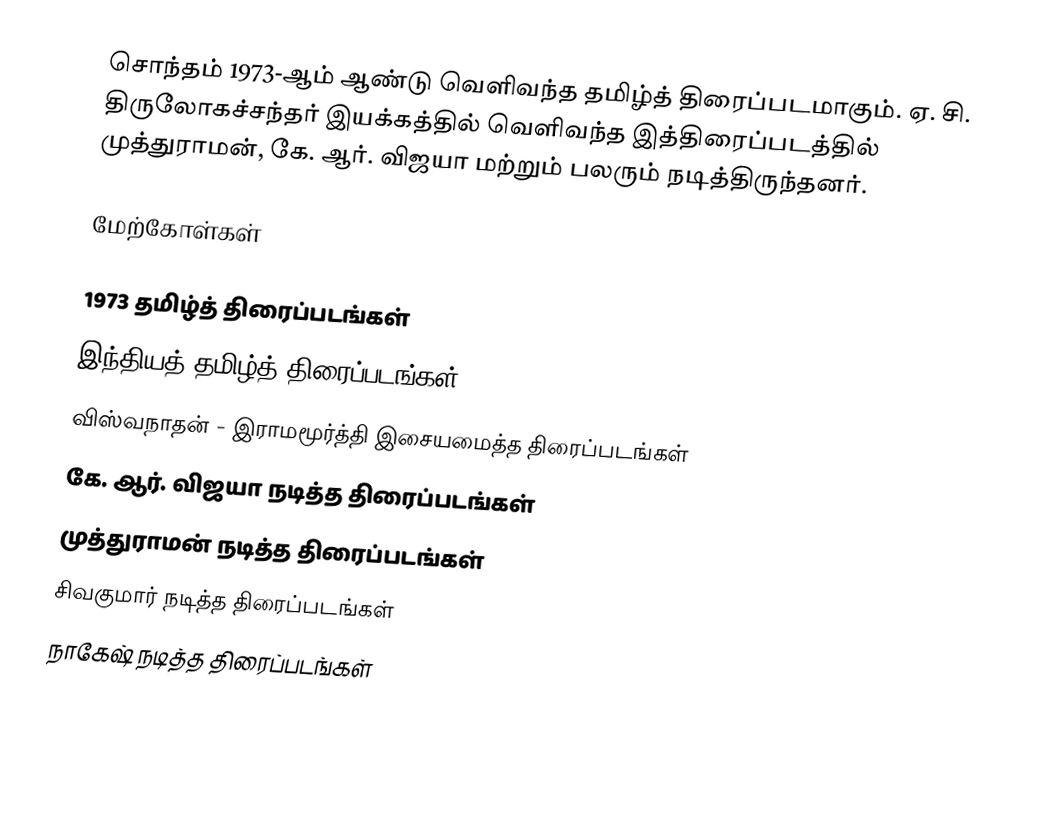
சொந்தம் 1973-ஆம் ஆண்டு வெளிவந்த தமிழ்த் திரைப்படமாகும். ஏ. சி. திருலோகச்சந்தர் இயக்கத்தில் வெளிவந்த இத்திரைப்படத்தில் முத்துராமன், கே. ஆர். விஜயா மற்றும் பலரும் நடித்திருந்தனர்.

மேற்கோள்கள்

1973 தமிழ்த் திரைப்படங்கள்
இந்தியத் தமிழ்த் திரைப்படங்கள்
விஸ்வநாதன் - இராமமூர்த்தி இசையமைத்த திரைப்படங்கள்
கே. ஆர். விஜயா நடித்த திரைப்படங்கள்
முத்துராமன் நடித்த திரைப்படங்கள்
சிவகுமார் நடித்த திரைப்படங்கள்
நாகேஷ் நடித்த திரைப்படங்கள்